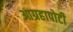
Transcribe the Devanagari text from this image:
आग्रहापोटी